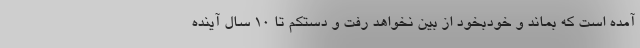
آمده است که بماند و خودبخود از بین نخواهد رفت و دستکم تا 10 سال آینده